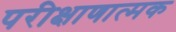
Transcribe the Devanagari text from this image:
परीक्षाणात्मक